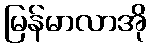
မြန်မာလာအို